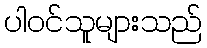
ပါဝင်သူများသည်